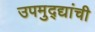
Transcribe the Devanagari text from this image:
उपमुद्द्यांची